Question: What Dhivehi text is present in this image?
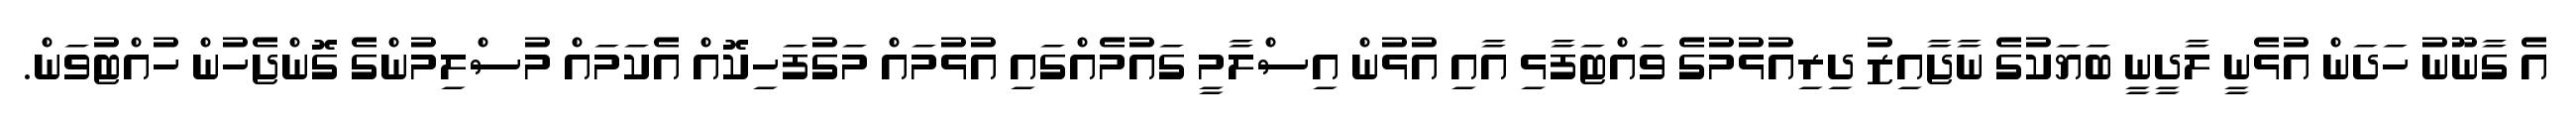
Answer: އެ ގާނޫނު ހަދަން އުޅެނީ ލާދީނީ ބަޔަކުގެ ނާޖާއިޒު ދިރިއުޅުމުގެ ވައްޓަފާޅި އާއި އުޅުން އިސްލާމީ ގައުމެއްގައި އުޅުމައް މަގުފަހިކޮއް އެކަމައް މުސްލިމުންގެ ގޮންޖެހުން ހުއްޓުވަން.